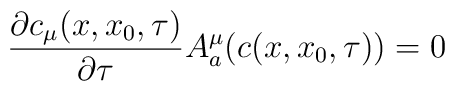
\frac{\partial c_{\mu}(x, x_{0}, \tau)}{\partial \tau} A_{a}^{\mu}(c(x, x_{0}, \tau)) = 0